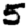
Digit: 5